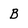
Character: B